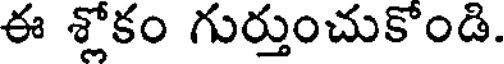
ఈ శ్లోకం గుర్తుంచుకొండి.